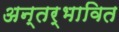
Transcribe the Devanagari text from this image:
अन्तर्भावित